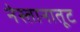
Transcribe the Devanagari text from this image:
नेस्तानातूट